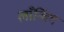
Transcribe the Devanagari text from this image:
लाँन्चिंग